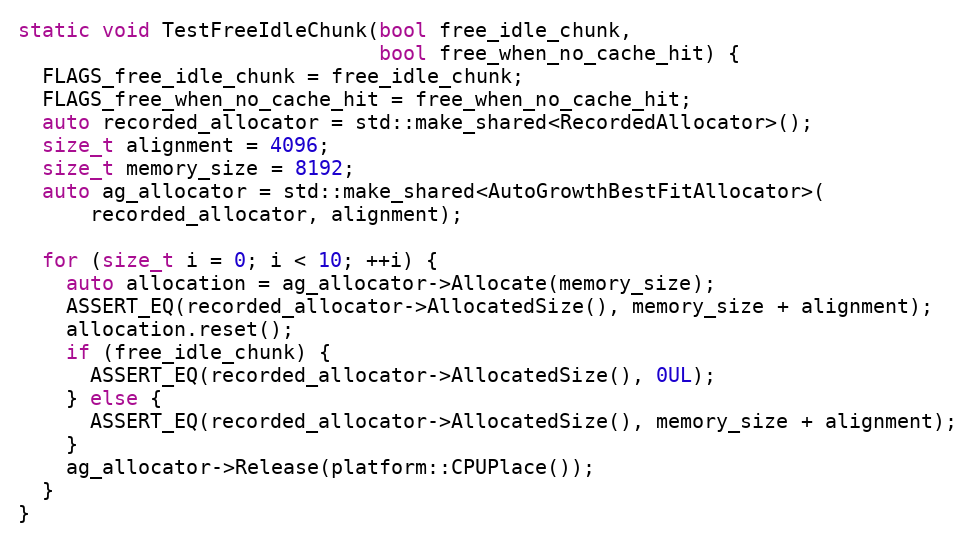
Language: C++
static void TestFreeIdleChunk(bool free_idle_chunk,
                              bool free_when_no_cache_hit) {
  FLAGS_free_idle_chunk = free_idle_chunk;
  FLAGS_free_when_no_cache_hit = free_when_no_cache_hit;
  auto recorded_allocator = std::make_shared<RecordedAllocator>();
  size_t alignment = 4096;
  size_t memory_size = 8192;
  auto ag_allocator = std::make_shared<AutoGrowthBestFitAllocator>(
      recorded_allocator, alignment);

  for (size_t i = 0; i < 10; ++i) {
    auto allocation = ag_allocator->Allocate(memory_size);
    ASSERT_EQ(recorded_allocator->AllocatedSize(), memory_size + alignment);
    allocation.reset();
    if (free_idle_chunk) {
      ASSERT_EQ(recorded_allocator->AllocatedSize(), 0UL);
    } else {
      ASSERT_EQ(recorded_allocator->AllocatedSize(), memory_size + alignment);
    }
    ag_allocator->Release(platform::CPUPlace());
  }
}